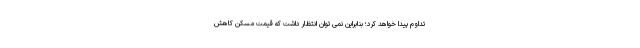
تداوم پیدا خواهد کرد؛ بنابراین نمی توان انتظار داشت که قیمت مسکن کاهش